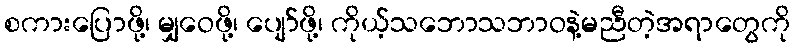
စကားပြောဖို့၊ မျှဝေဖို့၊ ပျော်ဖို့၊ ကိုယ့်သဘောသဘာဝနဲ့မညီတဲ့အရာတွေကို